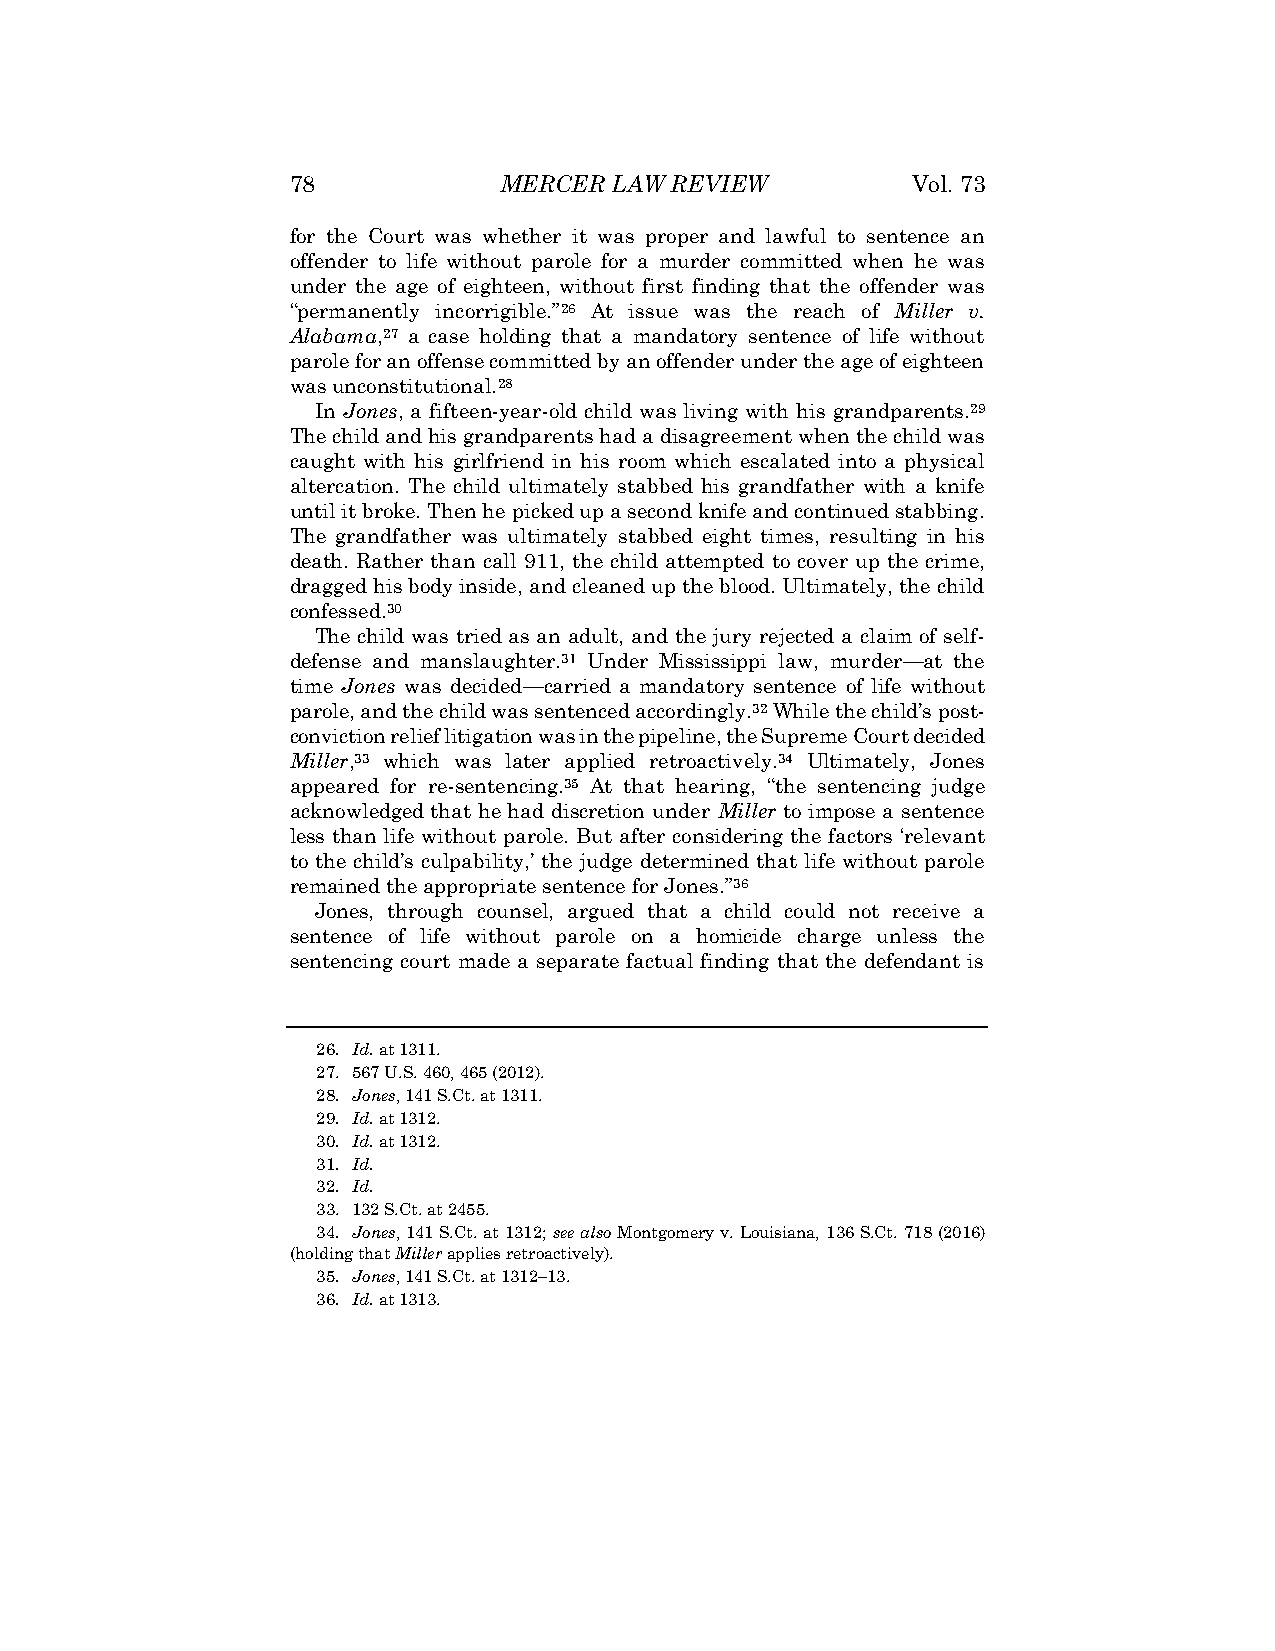
78            MERCER LAW REVIEW          Vol. 73
 for the Court was whether it was proper and lawful to sentence an
 offender to life without parole for a murder committed when he was
 under the age of eighteen, without first finding that the offender was
 “permanently incorrigible.”26 At issue was the reach of Miller v.
 Alabama,27 a case holding that a mandatory sentence of life without
 parole for an offense committed by an offender under the age of eighteen
 was unconstitutional.28
 In Jones, a fifteen-year-old child was living with his grandparents.29
 The child and his grandparents had a disagreement when the child was
 caught with his girlfriend in his room which escalated into a physical
 altercation. The child ultimately stabbed his grandfather with a knife
 until it broke. Then he picked up a second knife and continued stabbing.
 The grandfather was ultimately stabbed eight times, resulting in his
 death. Rather than call 911, the child attempted to cover up the crime,
 dragged his body inside, and cleaned up the blood. Ultimately, the child
 confessed.30
 The child was tried as an adult, and the jury rejected a claim of self-
 defense and manslaughter.31 Under Mississippi law, murder—at the
 time Jones was decided—carried a mandatory sentence of life without
 parole, and the child was sentenced accordingly.32 While the child’s post-
 conviction relief litigation was in the pipeline, the Supreme Court decided
 Miller,33 which was later applied retroactively.34 Ultimately, Jones
 appeared for re-sentencing.35 At that hearing, “the sentencing judge
 acknowledged that he had discretion under Miller to impose a sentence
 less than life without parole. But after considering the factors ‘relevant
 to the child’s culpability,’ the judge determined that life without parole
 remained the appropriate sentence for Jones.”36
 Jones, through counsel, argued that a child could not receive a
 sentence of life without parole on a homicide charge unless the
 sentencing court made a separate factual finding that the defendant is
 26. Id. at 1311.
 27. 567 U.S. 460, 465 (2012).
 28. Jones, 141 S.Ct. at 1311.
 29. Id. at 1312.
 30. Id. at 1312.
 31. Id.
 32. Id.
 33. 132 S.Ct. at 2455.
 34. Jones, 141 S.Ct. at 1312; see also Montgomery v. Louisiana, 136 S.Ct. 718 (2016)
 (holding that Miller applies retroactively).
 35. Jones, 141 S.Ct. at 1312–13.
 36. Id. at 1313.